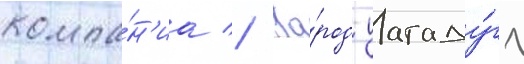
компа́н'иа // Го́род уагаду́гу